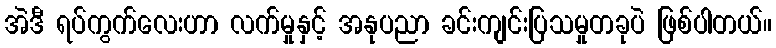
အဲဒီ ရပ်ကွက်လေးဟာ လက်မှုနှင့် အနုပညာ ခင်းကျင်းပြသမှုတခုပဲ ဖြစ်ပါတယ်။